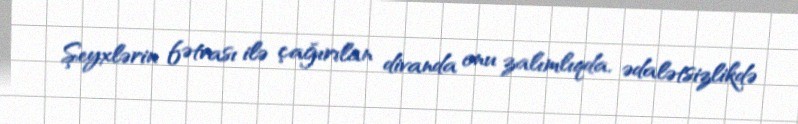
Şeyxlərin fətvası ilə çağırılan divanda onu zalımlıqda, ədalətsizlikdə